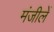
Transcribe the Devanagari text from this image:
मंजीलें